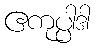
ဧကုပ္ပါဒါ